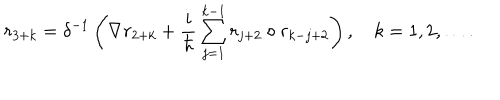
LaTeX: r _ { 3 + k } = \delta ^ { - 1 } \left( \nabla r _ { 2 + k } + \frac i \hbar \sum _ { j = 1 } ^ { k - 1 } r _ { j + 2 } \circ r _ { k - j + 2 } \right) , \quad k = 1 , 2 , \ldots .